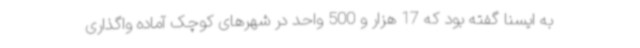
به ایسنا گفته بود که 17 هزار و 500 واحد در شهرهای کوچک آماده واگذاری